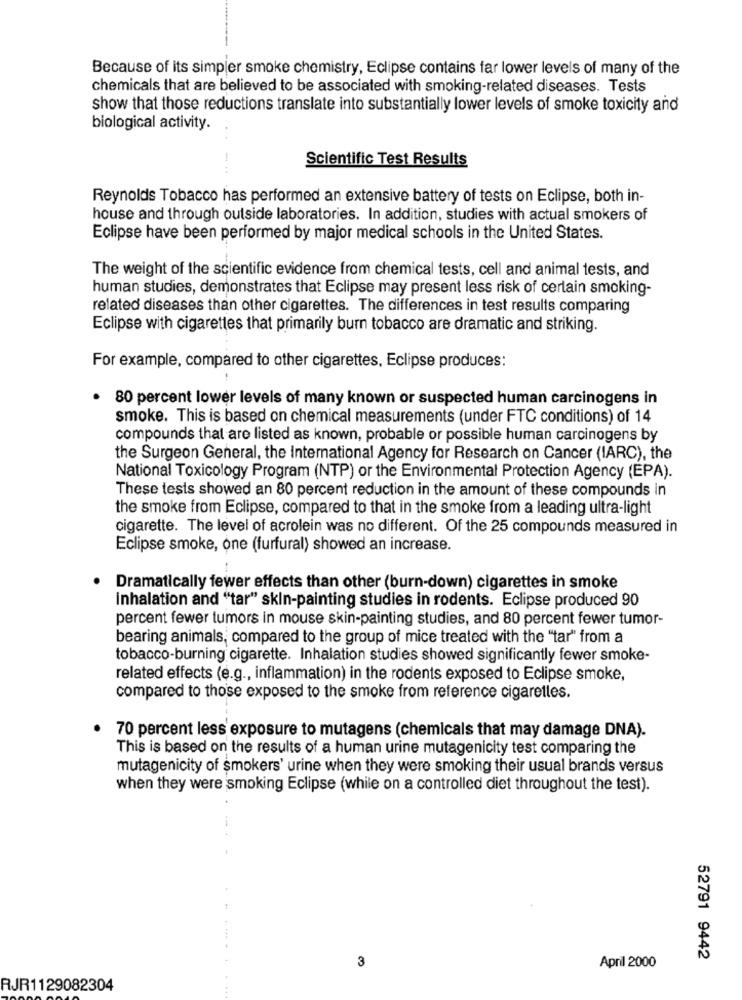
Because of its simpjer smoke chemistry, Eclipse contains far lower levels of many of the
chemicals that are believed to be associated with smoking-related diseases. Tests
show that those reductions translate into substantially lower levels of smoke toxicity and
biological activity.
Scientific Test Results
Reynolds Tobacco has performed an extensive battery of tests on Eclipse, both in-
house and through outside laboratories. In addition, studies with actual smokers of
Eclipse have been performed by major medical schools in the United States.
The weight of the scientific evidence from chemical tests, cell and animal tests, and
human studies, demonstrates that Eclipse may present less risk of certain smoking-
related diseases than other cigarettes. The differences in test results comparing
Eclipse with cigarettes that primarily burn tobacco are dramatic and striking.
For example, compared to other cigarettes, Eclipse produces:
. 80 percent lower levels of many known or suspected human carcinogens in
smoke. This is based on chemical measurements (under FTC conditions) of 14
compounds that are listed as known, probable or possible human carcinogens by
the Surgeon General, the International Agency for Research on Cancer (IARC), the
National Toxicology Program (NTP) or the Environmental Protection Agency (EPA).
These tests showed an 80 percent reduction in the amount of these compounds in
the smoke from Eclipse, compared to that in the smoke from a leading ultra-light
cigarette. The level of acrolein was no different. Of the 25 compounds measured in
Eclipse smoke, one (furfural) showed an increase.
Dramatically fewer effects than other (burn-down) cigarettes in smoke
inhalation and "tar" skin-painting studies in rodents. Eclipse produced 90
percent fewer tumors in mouse skin-painting studies, and 80 percent fewer tumor-
bearing animals, compared to the group of mice treated with the "tar" from a
tobacco-burning cigarette. Inhalation studies showed significantly fewer smoke-
related effects (e.g ., inflammation) in the rodents exposed to Eclipse smoke,
compared to those exposed to the smoke from reference cigaretles.
70 percent less exposure to mutagens (chemicals that may damage DNA).
This is based on the results of a human urine mutagenicity test comparing the
mutagenicity of smokers' urine when they were smoking their usual brands versus
when they were smoking Eclipse (while on a controlled diet throughout the test).
3
52791 9442
April 2000
RJR1129082304